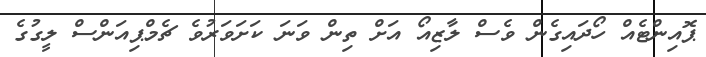
ޕޮއިންޓެއް ހޯދައިގެން ވެސް ލާޒިއޯ އަށް ތިން ވަނަ ކަށަވަރުވެ ޗެމްޕިއަންސް ލީގުގެ